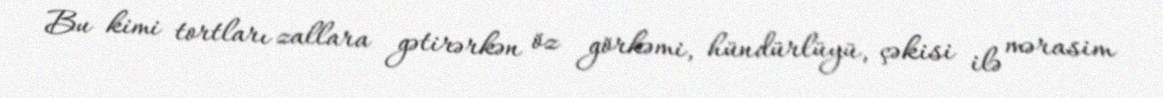
Bu kimi tortları zallara gətirərkən öz görkəmi, hündürlüyü, çəkisi ilə mərasim